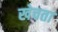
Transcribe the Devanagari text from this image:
खेचता